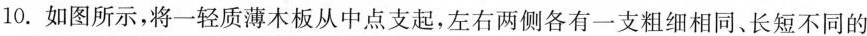
10. 如图所示，将一轻质薄木板从中点支起，左右两侧各有一支粗细相同、长短不同的